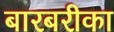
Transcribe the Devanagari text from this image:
बारबरीका